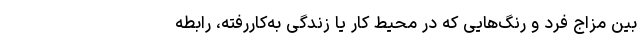
بین مزاج فرد و رنگ‌هایی که در محیط کار یا زندگی به‌کاررفته، رابطه